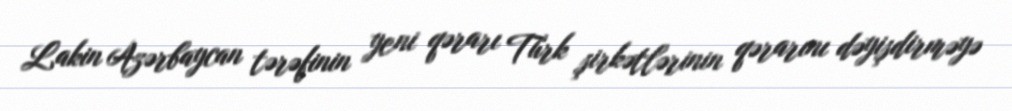
Lakin Azərbaycan tərəfinin yeni qərarı Türk şirkətlərinin qərarını dəyişdirməyə